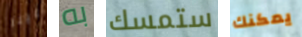
علينا به ستمسك يمكنك